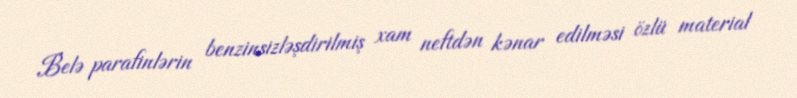
Belə parafinlərin benzinsizləşdirilmiş xam neftdən kənar edilməsi özlü material